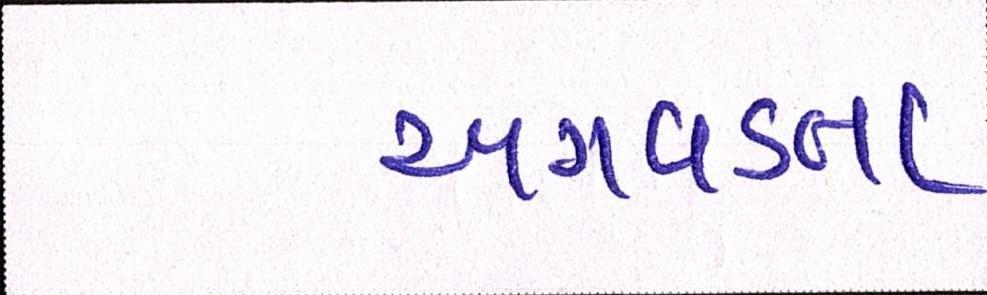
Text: અગવડતા